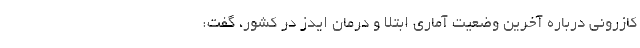
کازرونی درباره آخرین وضعیت آماری ابتلا و درمان ایدز در کشور، گفت: